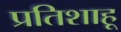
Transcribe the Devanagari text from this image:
प्रतिशाहू